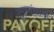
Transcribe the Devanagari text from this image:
सुपरमांझाना